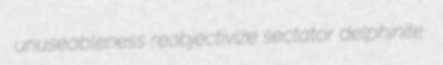
unuseableness reobjectivize sectator delphinite